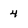
Character: 4